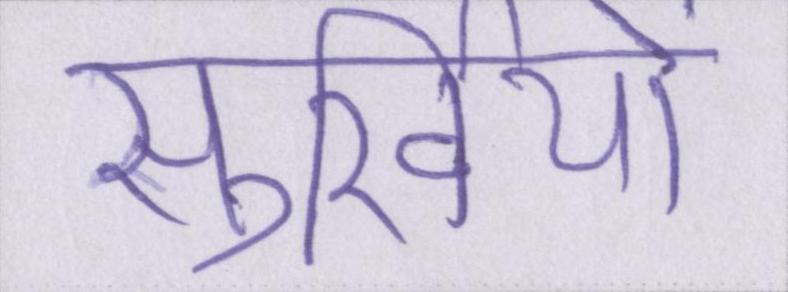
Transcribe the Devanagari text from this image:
सुर्खियों